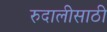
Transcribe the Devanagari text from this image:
रुदालीसाठी